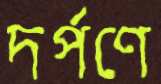
দর্পণে